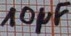
Text: 10µF